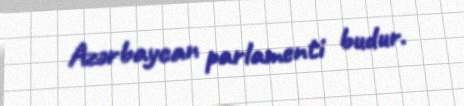
Azərbaycan parlamenti budur.